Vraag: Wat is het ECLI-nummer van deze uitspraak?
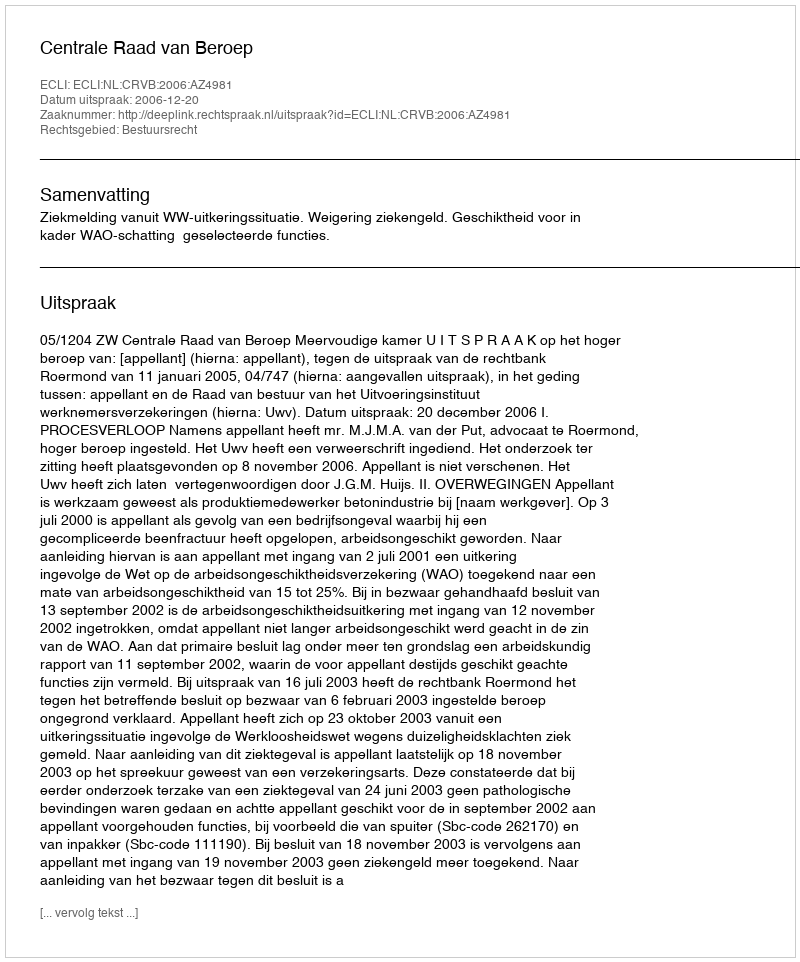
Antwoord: ECLI:NL:CRVB:2006:AZ4981